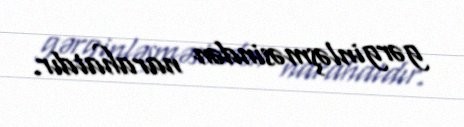
gərginləşməsindən narahatdır.